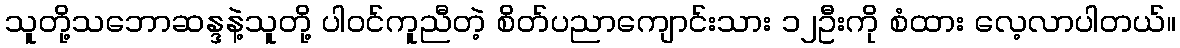
သူတို့သဘောဆန္ဒနဲ့သူတို့ ပါဝင်ကူညီတဲ့ စိတ်ပညာကျောင်းသား ၁၂ဦးကို စံထား လေ့လာပါတယ်။